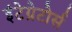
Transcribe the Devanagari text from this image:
इंटेग्रेटोर्स